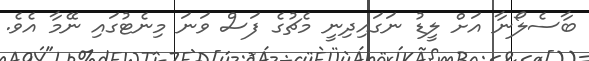
ބާސެލޯނާ އަށް ލީޑު ނަގައިދިނީ މެޗުގެ ފަސް ވަނަ މިނެޓުގައި ނޭމާ އެވެ.